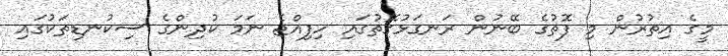
މީގެ އިތުރުން މި ފޮތުގެ ބޭނުން ރަނގަޅުގޮތުގައި ހިފިއްޖެ ނަމަ ކުދިންގެ ސިކުނޑިތަކުގައި